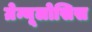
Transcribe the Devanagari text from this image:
ग्रेन्यूलोसिस